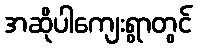
အဆိုပါကျေးရွာတွင်